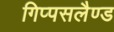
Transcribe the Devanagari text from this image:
गिप्पसलैण्ड